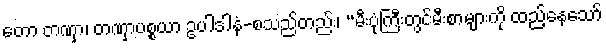
တော တဏှာ၊ တဏှာပစ္စယာ ဥပါဒါနံ-စသည်တည်း၊ “မီးပုံကြီးတွင်မီးစာများကို ထည့်နေသော်